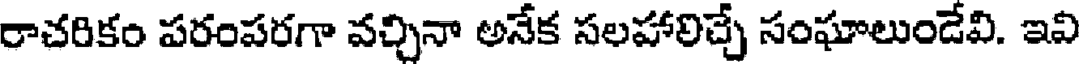
రాచరికం పరంపరగా వచ్చినా అనేక సలహాలిచ్చే సంఘాలుండేవి. ఇవి